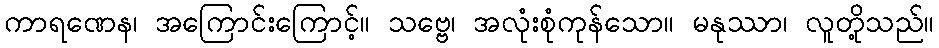
ကာရဏေန၊ အကြောင်းကြောင့်။ သဗ္ဗေ၊ အလုံးစုံကုန်သော။ မနုဿာ၊ လူတို့သည်။